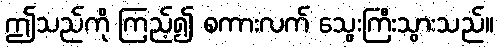
ဤသည်ကို ကြည့်၍ စကားလက် သွေးကြီးသွားသည်။